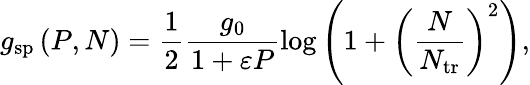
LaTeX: g_{\mathrm{sp}}\left(P,N\right)=\frac{1}{2}\frac{g_{0}}{1+\varepsilon P}\log\left(1+\left(\frac{N}{N_{\mathrm{tr}}}\right)^{2}\right),